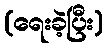
(ရေးခဲ့ပြီး)